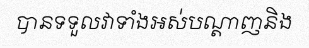
បានទទួលវាទាំងអស់បណ្តាញនិង